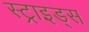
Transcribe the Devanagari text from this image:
स्ट्राइड्स